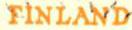
FINLAND